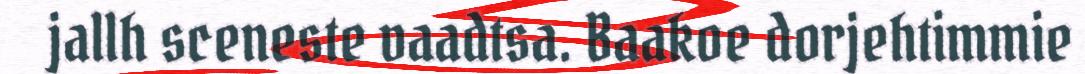
jallh sceneste vaadtsa. Baakoe dorjehtimmie